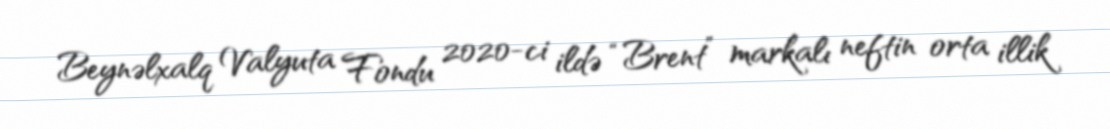
Beynəlxalq Valyuta Fondu 2020-ci ildə “Brent” markalı neftin orta illik